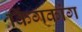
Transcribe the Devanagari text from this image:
किंगकांग